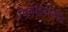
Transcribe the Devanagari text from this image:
सिकोईडीकौन